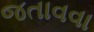
જતાવવા